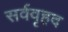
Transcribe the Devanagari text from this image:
सर्ववृहद